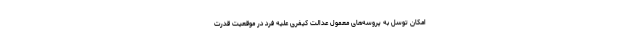
امکان توسل به پروسه‌های معمول عدالت کیفری علیه فردِ در موقعیت قدرت